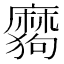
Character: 𰡪